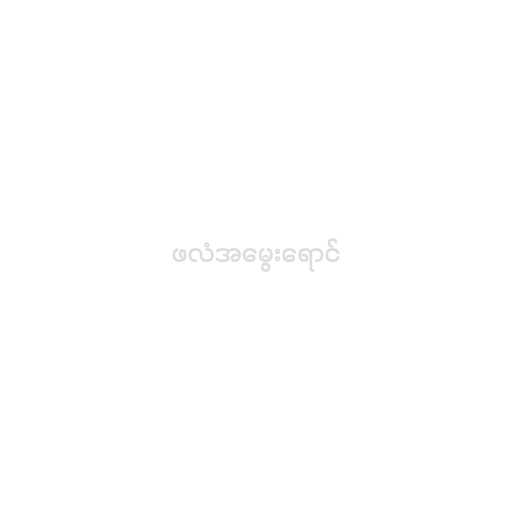
ဖလံအမွေးရောင်